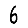
Digit: 6